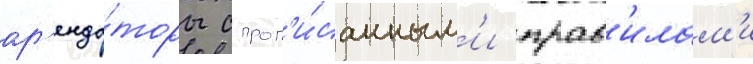
ар'енда́торы с проп'и́санным'и прав'илам'и